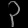
Digit: ၃